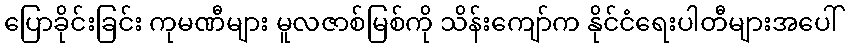
ပြောခိုင်းခြင်း ကုမဏီများ မူလဇာစ်မြစ်ကို သိန်းကျော်က နိုင်ငံရေးပါတီများအပေါ်